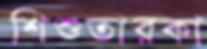
শিশুতারকা